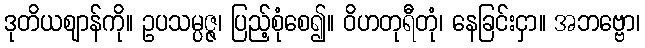
ဒုတိယဈာန်ကို။ ဥပသမ္ပဇ္ဇ၊ ပြည့်စုံစေ၍။ ဝိဟတုရီတုံ၊ နေခြင်းငှာ။ အဘဗ္ဗော၊